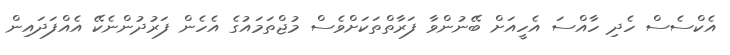
އެކްސެސް ހެދި ހާއްސަ އެހީއަށް ބޭނުންވާ ފަރާތްތަކަށްވެސް މުޖްތަމައުގެ އެހެން ފަރުދުންނެކޭ އެއްފަދައިން